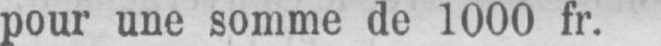
pour une somme de 1000 fr.